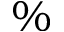
\%